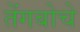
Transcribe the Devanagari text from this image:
तेंगबोचे